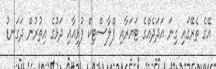
އޭގެ ތެރޭގައި ގިނަ އަދަދެއްގެ ޓަޔަރާއި ޕްލާސްޓިކް ފުޅިއާއި ދަޅުގެ އިތުރުން ދަގަނޑު